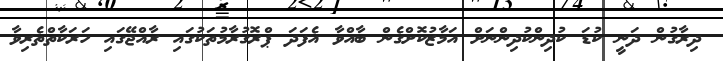
ދިރާގުން ދަނީ ކުޑަ ކުދިންކުދިންނަށް އަމާޒުކޮށްގެން ބާއްވާ އެފަދަ ޕްރޮގުރާމުތަކުގައި ރާއްޖޭގައި ހަރަކާތްތެރިވާ